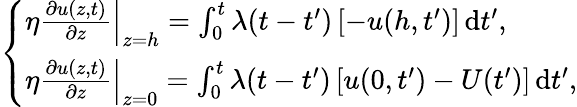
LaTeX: \left\{ \begin{array}{ll}{\eta\left.\frac{\partial u(z,t)}{\partial z}\right|_{z=h}=\int_{0}^{t}\lambda(t-t^{\prime})\left[-u(h,t^{\prime})\right]\, \mathrm{d}t^{\prime},}\\ {\eta\left.\frac{\partial u(z,t)}{\partial z}\right|_{z=0}=\int_{0}^{t}\lambda(t-t^{\prime})\left[u(0,t^{\prime})-U(t^{\prime})\right]\, \mathrm{d}t^{\prime},}\end{array}\right.